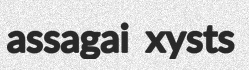
assagai xysts